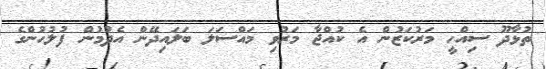
ތުޅާދޫ ސިއްހީ މަރުކަޒުން އެ ކުއްޖާ މަރުވި މައްސަލަ ބަލައިދޭން އެދުމުން ފުލުހުންގެ